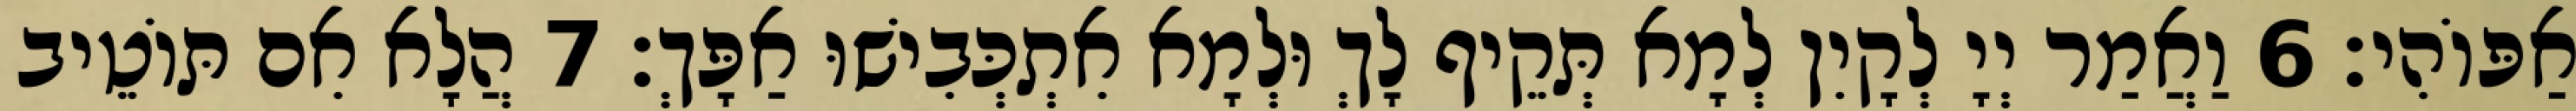
אַפּוֹהִי׃ 6 וַאֲמַר יְיָ לְקָיִן לְמָא תְּקֵיף לָךְ וּלְמָא אִתְכְּבִישׁוּ אַפָּךְ׃ 7 הֲלָא אִם תּוֹטֵיב